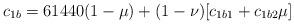
LaTeX: \begin{align*}c_{1b}&=61440(1-\mu)+(1-\nu)[c_{1b1}+c_{1b2}\mu]\end{align*}